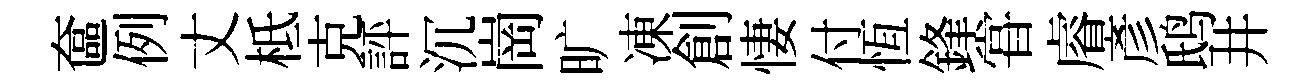
奩例丈柢克評沉崗旷凍創悽付恆鋒甞𥈠彥鸱井